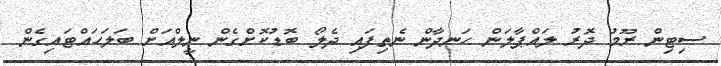
ސިޓިން ރޫމު ދޮރު ލައްޕާލަން ހަނދާން ނެތިފައި ދެލޯ ބޮޑުކޮށްގެން ނީލްއަށް ބަލަހައްޓައިގެން